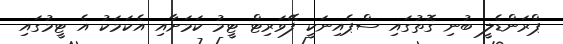
ޕްރަންޑެލީ ބުނި ގޮތުގައި ސްޕެއިނަކީ ފޭވަރިޓް ޓީމު ކަމަށާއި އެކަމަކު އެ ޓީމުގައި